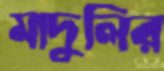
মাদুলির